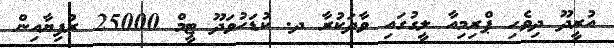
އުރީދޫ ދިވެހި ޕްރިމިއާ ލީގުގައި ވާދަކުރާ ދ. ކުޑަހުވަދޫ ޓީމް 25000 ރުފިޔާއިން